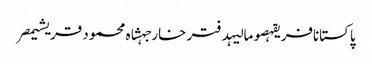
پاکستانافریقہصومالیہدفتر خارجہشاہ محمود قریشیمصر